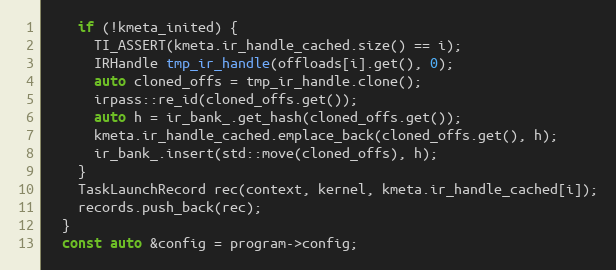
Language: C++
    if (!kmeta_inited) {
      TI_ASSERT(kmeta.ir_handle_cached.size() == i);
      IRHandle tmp_ir_handle(offloads[i].get(), 0);
      auto cloned_offs = tmp_ir_handle.clone();
      irpass::re_id(cloned_offs.get());
      auto h = ir_bank_.get_hash(cloned_offs.get());
      kmeta.ir_handle_cached.emplace_back(cloned_offs.get(), h);
      ir_bank_.insert(std::move(cloned_offs), h);
    }
    TaskLaunchRecord rec(context, kernel, kmeta.ir_handle_cached[i]);
    records.push_back(rec);
  }
  const auto &config = program->config;